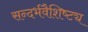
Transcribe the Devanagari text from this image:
सन्दर्भवैशिष्ट्य